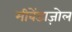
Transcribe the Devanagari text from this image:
मीबेंडाज़ोल